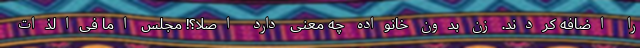
را اضافه کردند. زن بدون خانواده چه معنی دارد اصلا؟! مجلس اما فی‌الذات